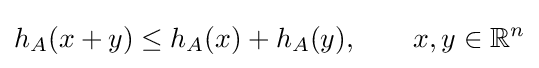
h_{A}(x+y)\leq h_{A}(x)+h_{A}(y),\qquad x,y\in \mathbb {R} ^{n}